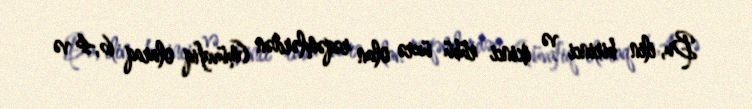
Bu, ilin birinci və ikinci rübü üzrə olan rəqəmlərdən (müvafiq olaraq 6,4 və